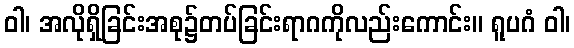
ဝါ၊ အလိုရှိခြင်းအစု၌တပ်ခြင်းရာဂကိုလည်းကောင်း။ ရူပဂံ ဝါ၊